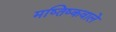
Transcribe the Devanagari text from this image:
मष्तिष्कवाले